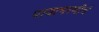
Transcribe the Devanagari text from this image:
पायाभरणीचं